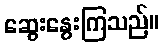
ဆွေးနွေးကြသည်။